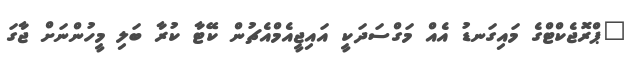
"ޕްރޮޖެކްޓްގެ މައިގަނޑު އެއް މަގްސަދަކީ އައިޖީއެމްއެޗުން ކޭޓާ ކުރާ ބަލި މީހުންނަށް ޖާގަ